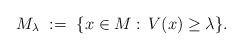
LaTeX: \begin{align*} M_\lambda \ := \ \{ x\in M:\, V(x)\geq \lambda\}.\end{align*}